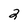
Character: 2